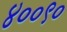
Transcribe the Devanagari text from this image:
४००९०